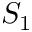
S _ { 1 }